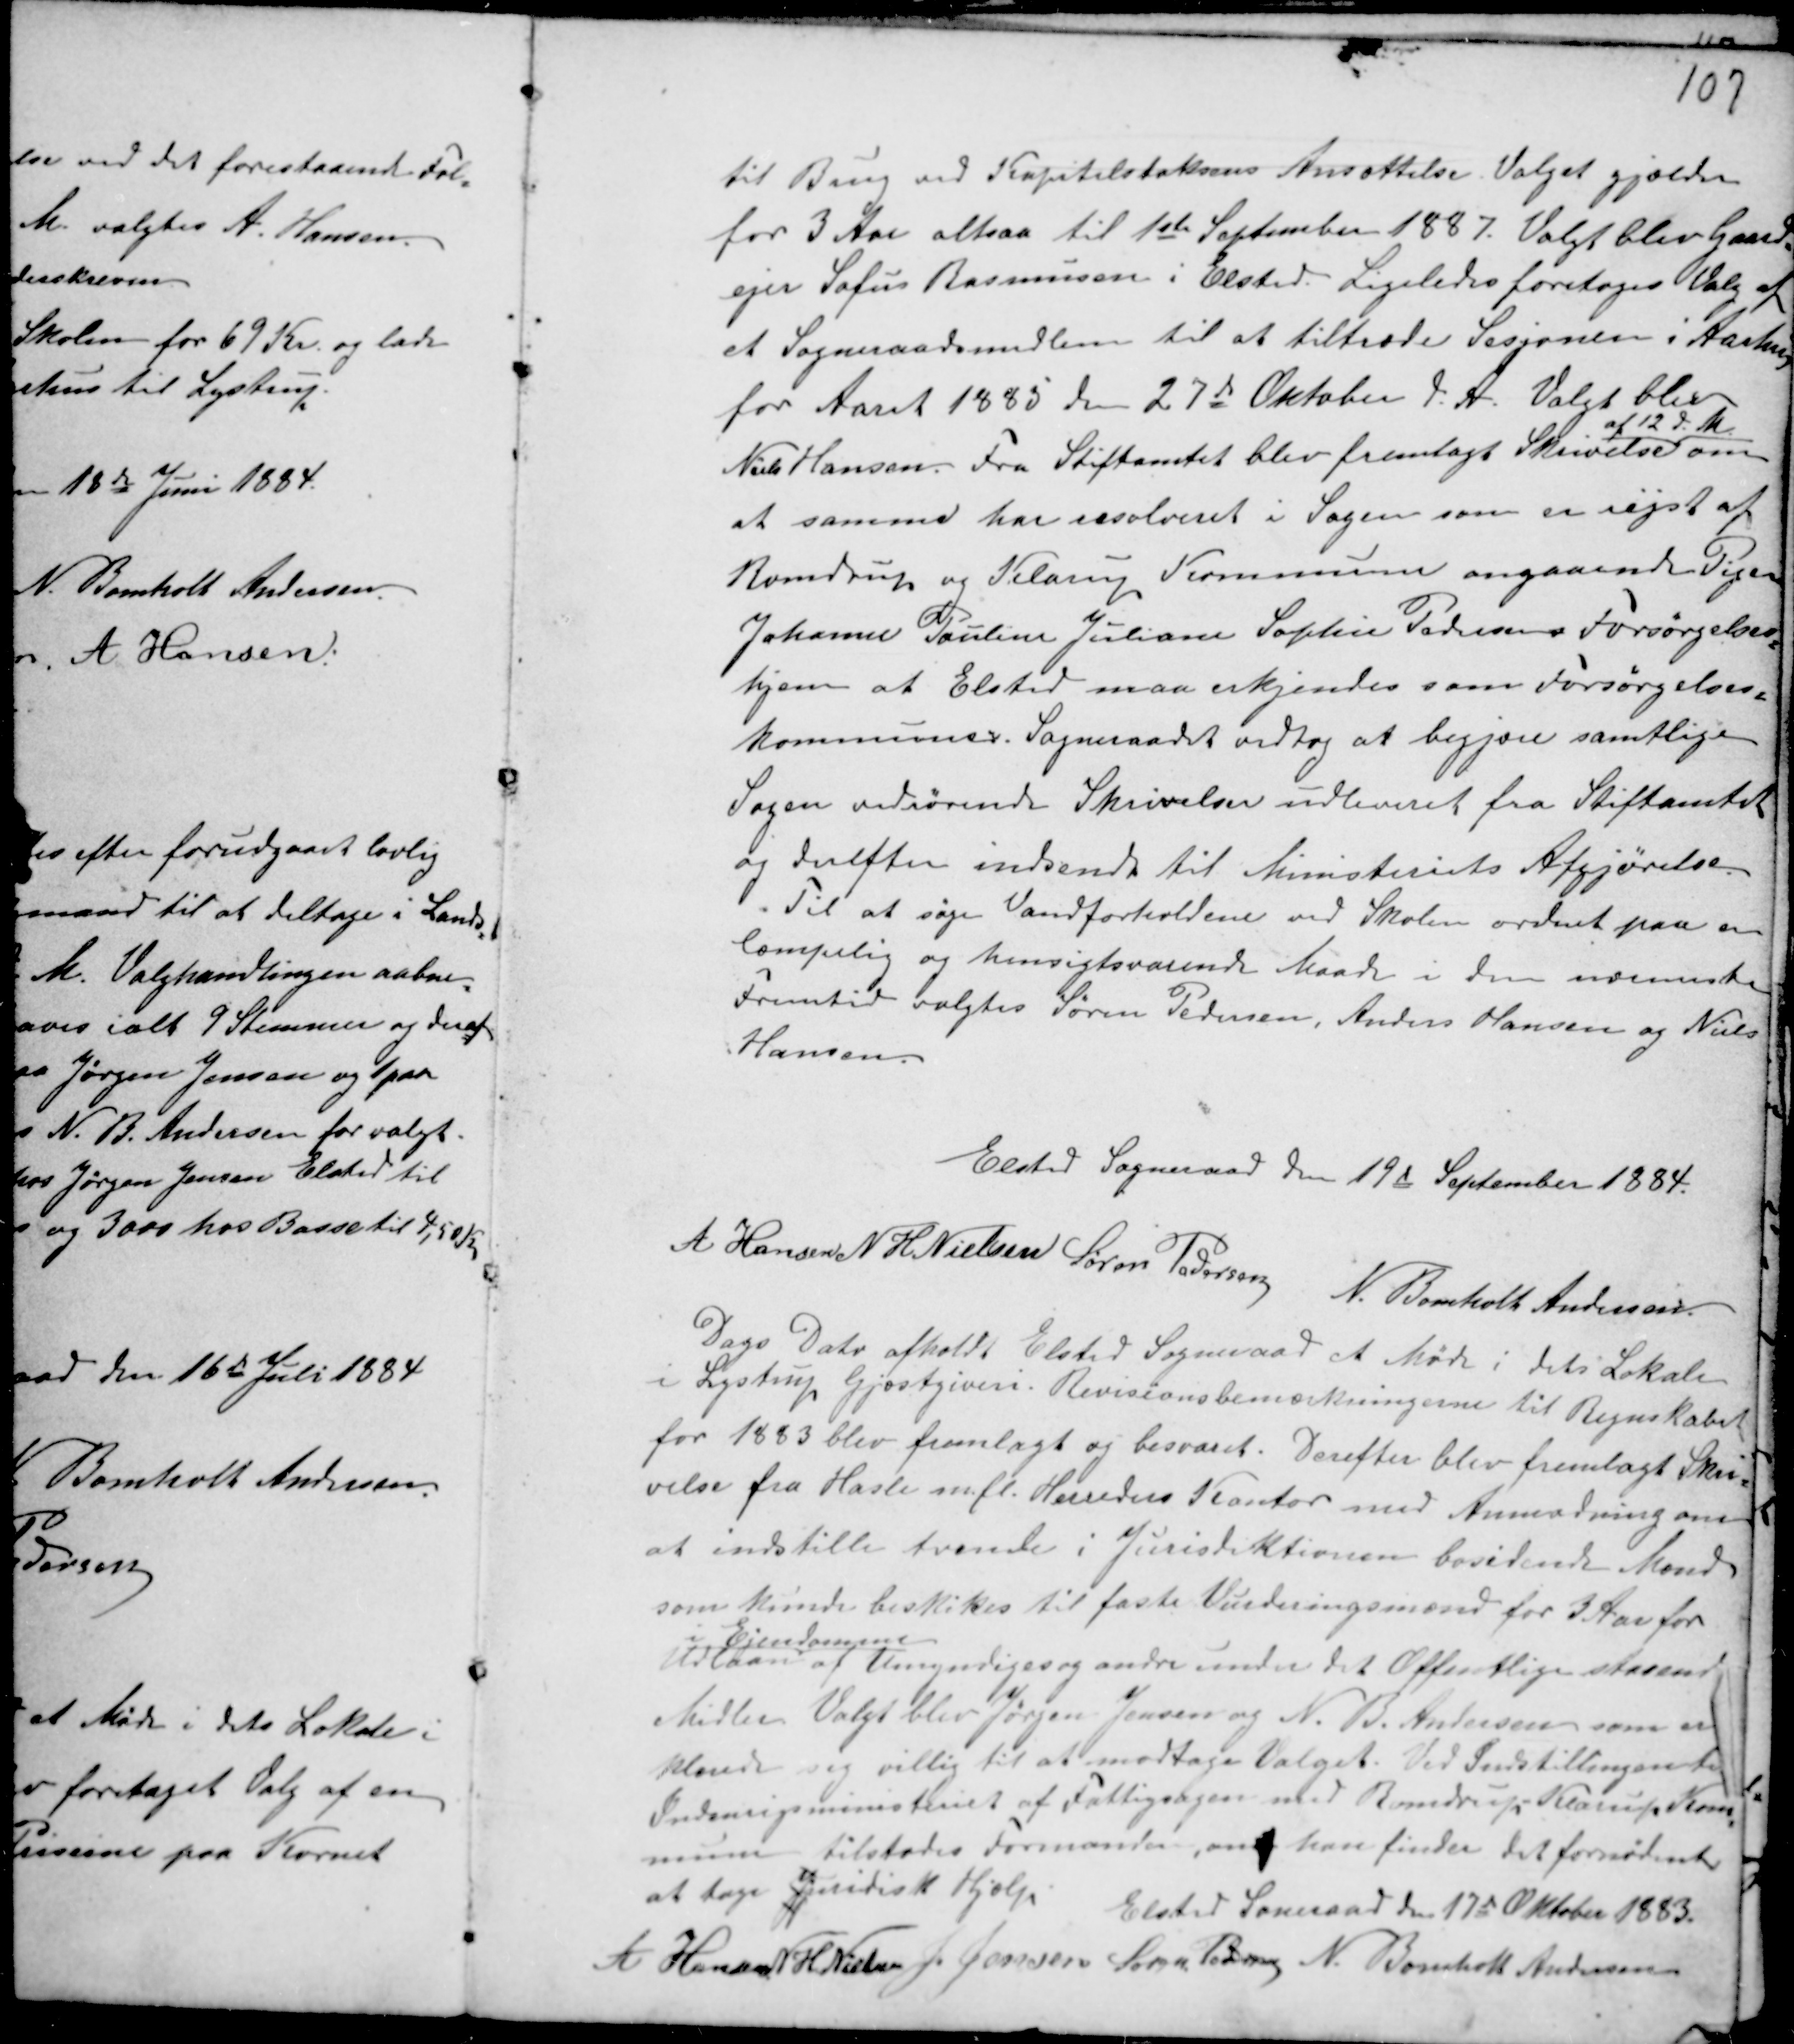
Transskription:
til Brug ved Kapitelstaksens Ansættelse. Valget gjælder
for 3 Aar altsaa til 1ste September 1887. Valgt blev Gaard-
ejer Sofus Rasmussen i Elsted. Ligeledes foretoges Valg af
et Sogneraadsmedlem til at tiltræde Sesjonen i Aarhus
for Aaret 1885 den 27de Oktober d. A. Valgt blev
Niels Hansen. Fra Stiftamtet blev fremlagt Skrivelse
af 12 d.M.
om
at samme har resolveret i Sagen som er rejst af
Romdrup og Klarup Kommune angaaende Pigen
Johanne Pauline Sophie Pedersens Forsørgelses-
hjem at Elsted maa erkjendes som Forsørgelses-
kommunes. Sogneraadet vedtog at begjære samtlige
Sagen vedrørende Skrivelser udleveret fra Stiftamtet
og derefter indsende til indsende til Ministeriets Afgjørelse.
Til at søge Vandforholdene ved Skolen ordnet paa en
lempelig og hensigtsværende Maade i den nærmeste
Fremtid valgtes Søren Pedersen, Anders Hansen og Niels
Hansen.

Elsted Sogneraad den 19de September 1884.
A Hansen N H Nielsen Søren Pedersen N. Bomholt Andersen.

Dags Dato afholdt Elsted Sogneraad et Møde i dets Lokale
i Lystrup Gjæstgiveri. Revisionsbemærkningerne til Regnskabet
for 1883 blev fremlagt og besvaret. Derefter blev fremlagt Skri-
velse fra Hasle m.fl. Herreders Kontor med Anmodning om
at indstille tvende i Jurisdiktionen bosidende Mænd
som kunde beskikes til faste Vurderingsmænd for 3 Aar for
Udlaan
i Ejendomme
af Umyndiges og andre under det Offentlige staaend
Midler. Valgt blev Jørgen Jensen og N. B. Andersen som er-
klærede sig villig til at modtage Valget. Ved Indstillingen ti
Indenrigsministeriet af Fattigsagen mod Romdrup - Klarup Kom-
mune tilstodes Formanden, om han finder det fornødende
at tage Juridisk Hjælp.
Elsted Sogneraad den 17de Oktober 1883.
A Hansen N H Nielsen J. Jensen Søren Pedersen N. Bomholt Andersen